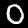
Digit: 0